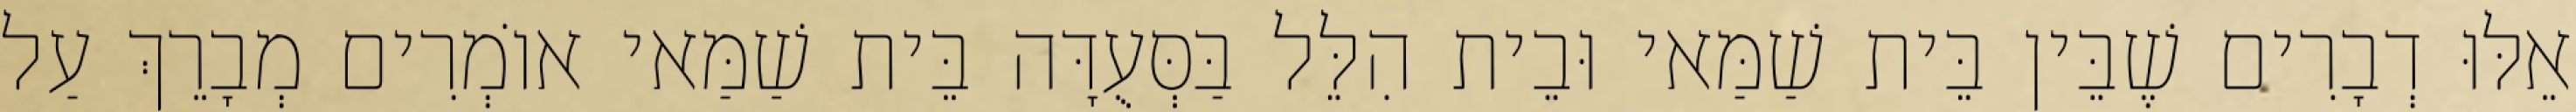
אֵלּוּ דְבָרִים שֶׁבֵּין בֵּית שַׁמַּאי וּבֵית הִלֵּל בַּסְּעֻדָּה בֵּית שַׁמַּאי אוֹמְרִים מְבָרֵךְ עַל